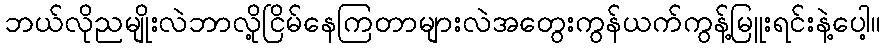
ဘယ်လိုညမျိုးလဲဘာလို့ငြိမ်နေကြတာများလဲအတွေးကွန်ယက်ကွန့်မြူးရင်းနဲ့ပေါ့။